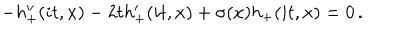
LaTeX: - h _ { + } ^ { \prime \prime } ( i t , x ) - 2 t h _ { + } ^ { \prime } ( i t , x ) + \sigma ( x ) h _ { + } ( i t , x ) = 0 \, .